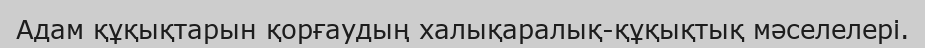
Адам құқықтарын қорғаудың халықаралық-құқықтық мәселелері.